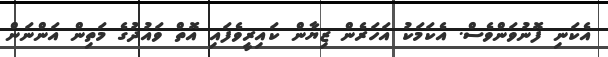
އެކަނި ފޮނުވަންވެސް. އެކަމަކު އަހަރެން ޒިޔާން ކައިރީވެފައި އޮތް ވައުދުގެ މަތިން އަންނަން